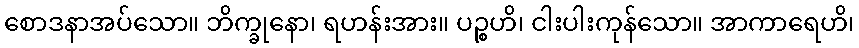
စောဒနာအပ်သော။ ဘိက္ခုနော၊ ရဟန်းအား။ ပဉ္စဟိ၊ ငါးပါးကုန်သော။ အာကာရေဟိ၊